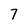
Character: 7